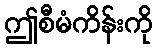
ဤစီမံကိန်းကို